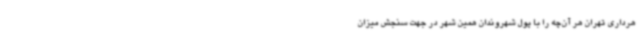
هرداری تهران هر آن‌چه را با پول شهروندان همین شهر در جهت سنجش میزان